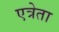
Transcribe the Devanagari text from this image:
एत्रेता